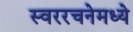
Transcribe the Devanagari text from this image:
स्वररचनेमध्ये